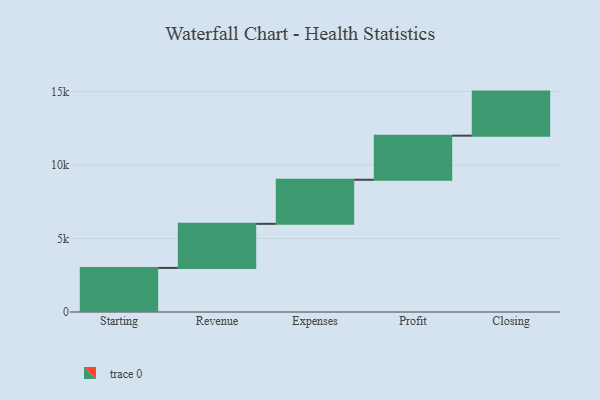
{"axis": {"x": "Step", "y": "Value"}, "legend": [""], "data": [{"x": "Starting", "y": 3000, "type": ""}, {"x": "Revenue", "y": 3000, "type": ""}, {"x": "Expenses", "y": 3000, "type": ""}, {"x": "Profit", "y": 3000, "type": ""}, {"x": "Closing", "y": 3000, "type": ""}]}